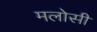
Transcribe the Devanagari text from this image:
मलोसी